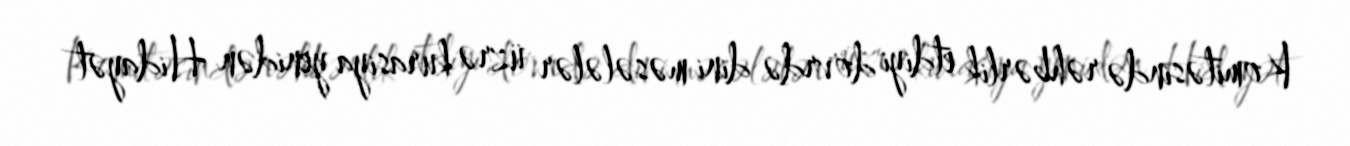
Komitəsində rəhbərlik etdiyi dövrdə dini məsələlər üzrə kurasiya yenidən Hidayət